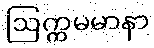
ဩက္ကမမာနာ